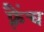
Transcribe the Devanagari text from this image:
फ़्रैंच